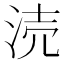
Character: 涜